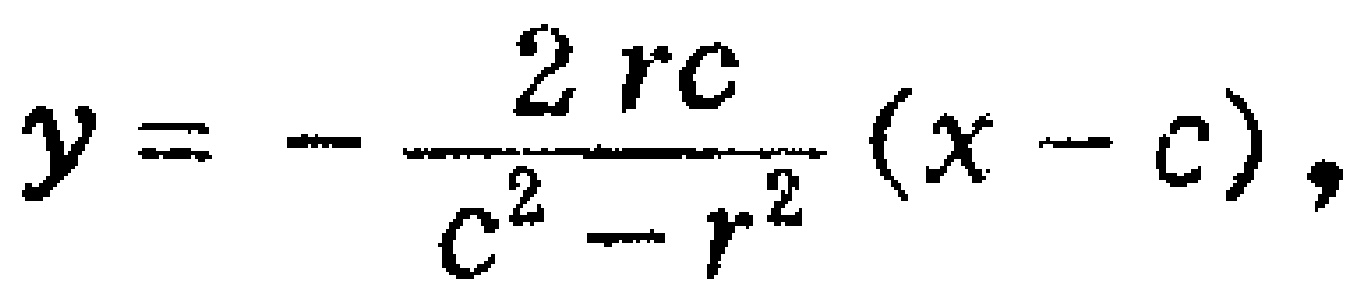
\(y = - \frac{2rc}{c^{2} - r^{2}}(x - c),\)